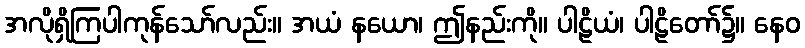
အလိုရှိကြပါကုန်သော်လည်း။ အယံ နယော၊ ဤနည်းကို။ ပါဠိယံ၊ ပါဠိတော်၌။ နေဝ